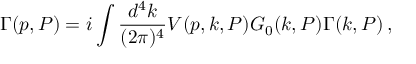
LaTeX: \Gamma ( p , P ) = i \int \frac { d ^ { 4 } k } { ( 2 \pi ) ^ { 4 } } V ( p , k , P ) G _ { 0 } ( k , P ) \Gamma ( k , P ) \, ,